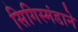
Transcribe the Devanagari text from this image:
सिगिस्मंडाने